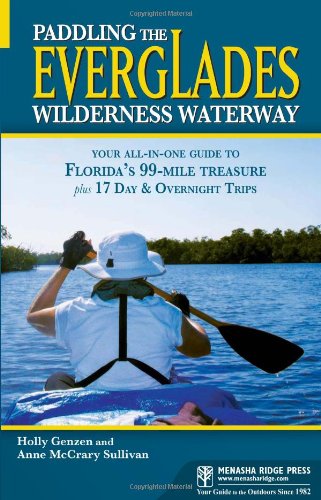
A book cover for Paddling the Everglades Wilderness Waterway: Your All-in-One Guide to Florida's 99-Mile Treasure plus 17 Day and Overnight Trips (Menasha Ridge Press Guide Books); Holly Genzen; Sports & Outdoors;